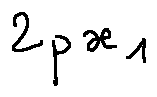
2 p x _ { 1 }